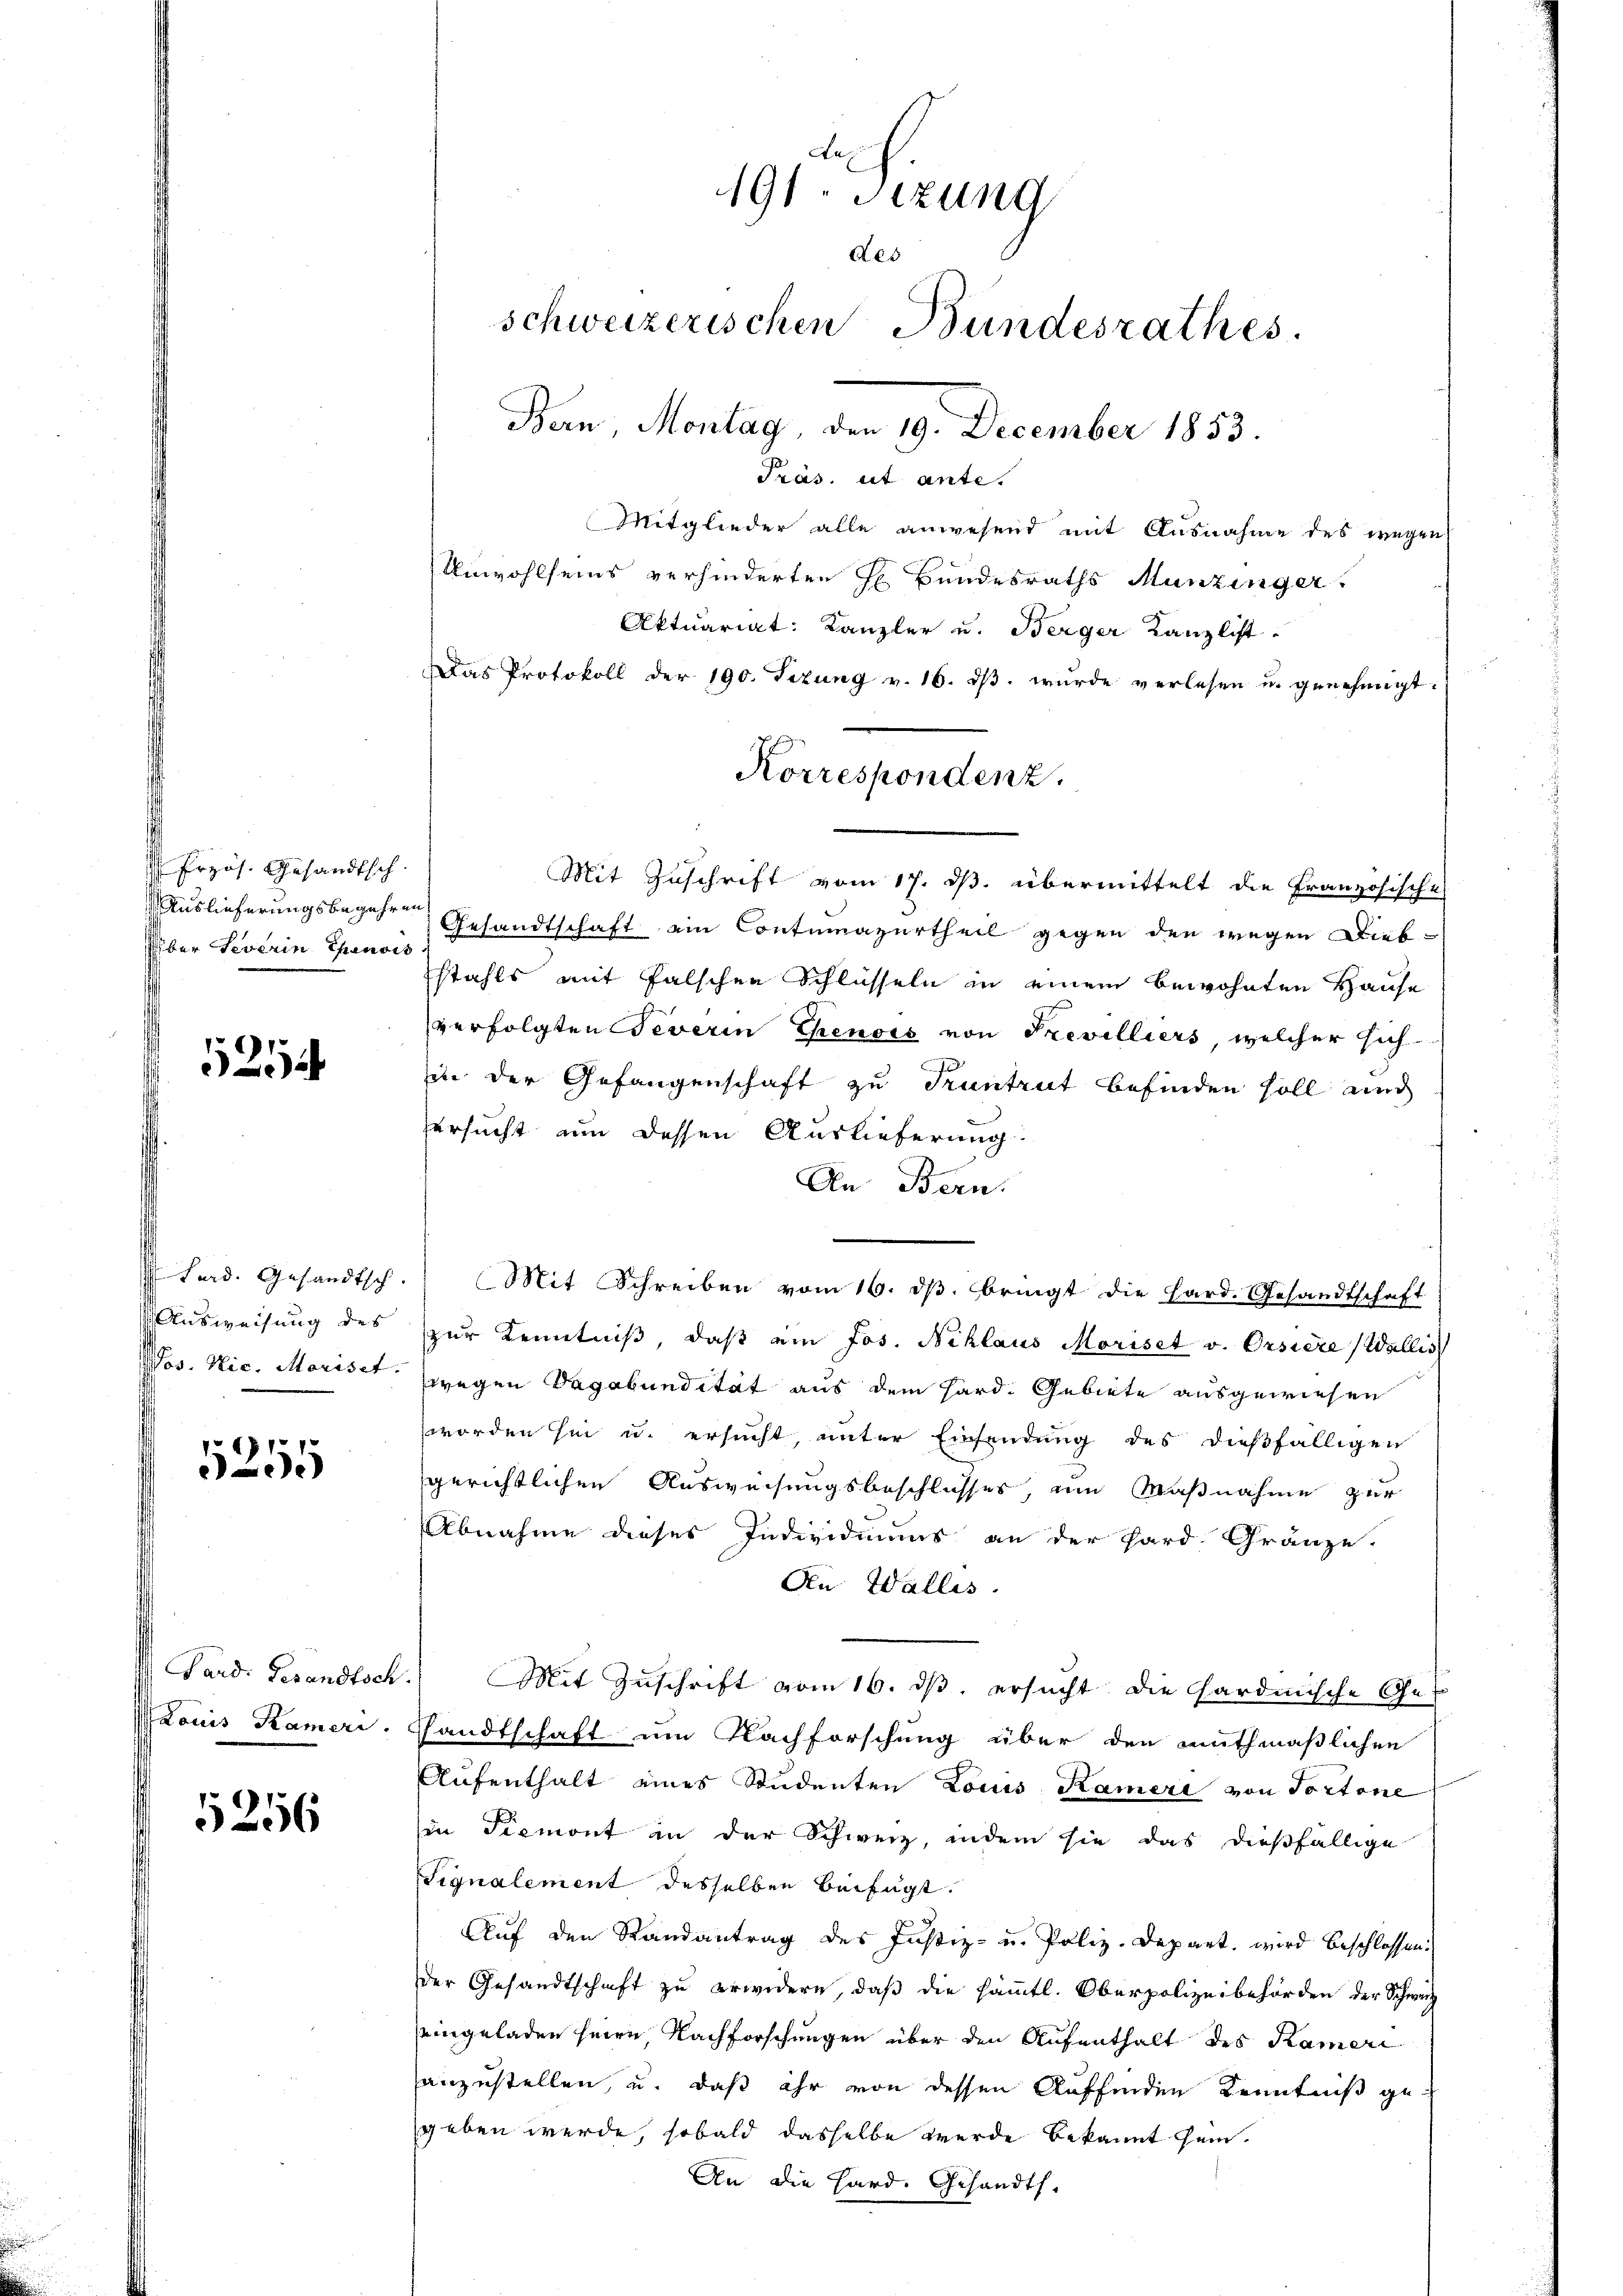
Erzös. Gesandtsch
über everin Chenvis

521

Fand. Gesandtsch.
Ausweisung des

5255

Pard. Gesandtsch
Louis Kameri

5256

Mitglieder alle anwesend mit Ausnahme des wegen
Unwohlseins verhinderten H Bundesraths Munzinger
Aktuariat: Kanzler u. Berger Kanzlist
Das Protokoll der 190. Tezung v. 16. dβ. wurde verlesen u. genehmigt.
Mit Zuschrift vom 17. ds. übermittelt die Französische
Auslieferungsbegehren Gesandtschaft ein Contumazurtheil gegen den wegen Diebstahls mit falschen Schlüsseln in einem bewohnten Hause
verfolgten Veverin Genoss von Trevilliers, welcher sich
in der Gefangenschaft zu Pruntrut befinden soll auch
ersucht um dessen Auslieferung.
An Bern.
Mit Schreiben vom 16. dβ. bringt die Hard. Gesandtschaft
zur Kenntniß, daß ein Jos. Niklaus Moriset v. Orsiere Wallis
Mos. Nic. Moriset, wegen Vagabundität aus dem Hard. Gebiete ausgewiesen
worden sei u. ersucht, unter Einsendung des dießfälligen
gerichtlichen Ausweisungsbeschlusses, um Maßnahme zur
Abnahme dieses Individuums an der Hard Gränze.
An Wallis.
Mit Zuschrift vom 16. ds. ersucht die Hardmische Ge
sandtschaft um Nachforschung über den muthmaßlichen
Aufenthalt eines Studenten Louis Kameri von Portone
in Piemont in der Schweiz, indem sie das dießfällige
Signalement desselben beifügt:
Auf den Randantrag des Justiz- u. Poliz-Depart. wird beschlossen.
der Gesandtschaft zu erwidern, daß die sämmtl. Oberpolizeibehörden der Schweiz
ingeladen seien, Nachforschungen über den Aufenthalt des Kamer
anzustellen, u. daß ihr von dessen Auffinden Kenntniß gegeben werde, sobald dasselbe werde bekannt sein.
An die Hard. Gesandth.

191. Sizung
Aes
schweizerischen Bundesrathes
Ban, Montag, den 19. December 1853.

Korrespondenz.

Präs. ut ante.